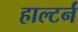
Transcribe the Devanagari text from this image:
हाल्टर्न